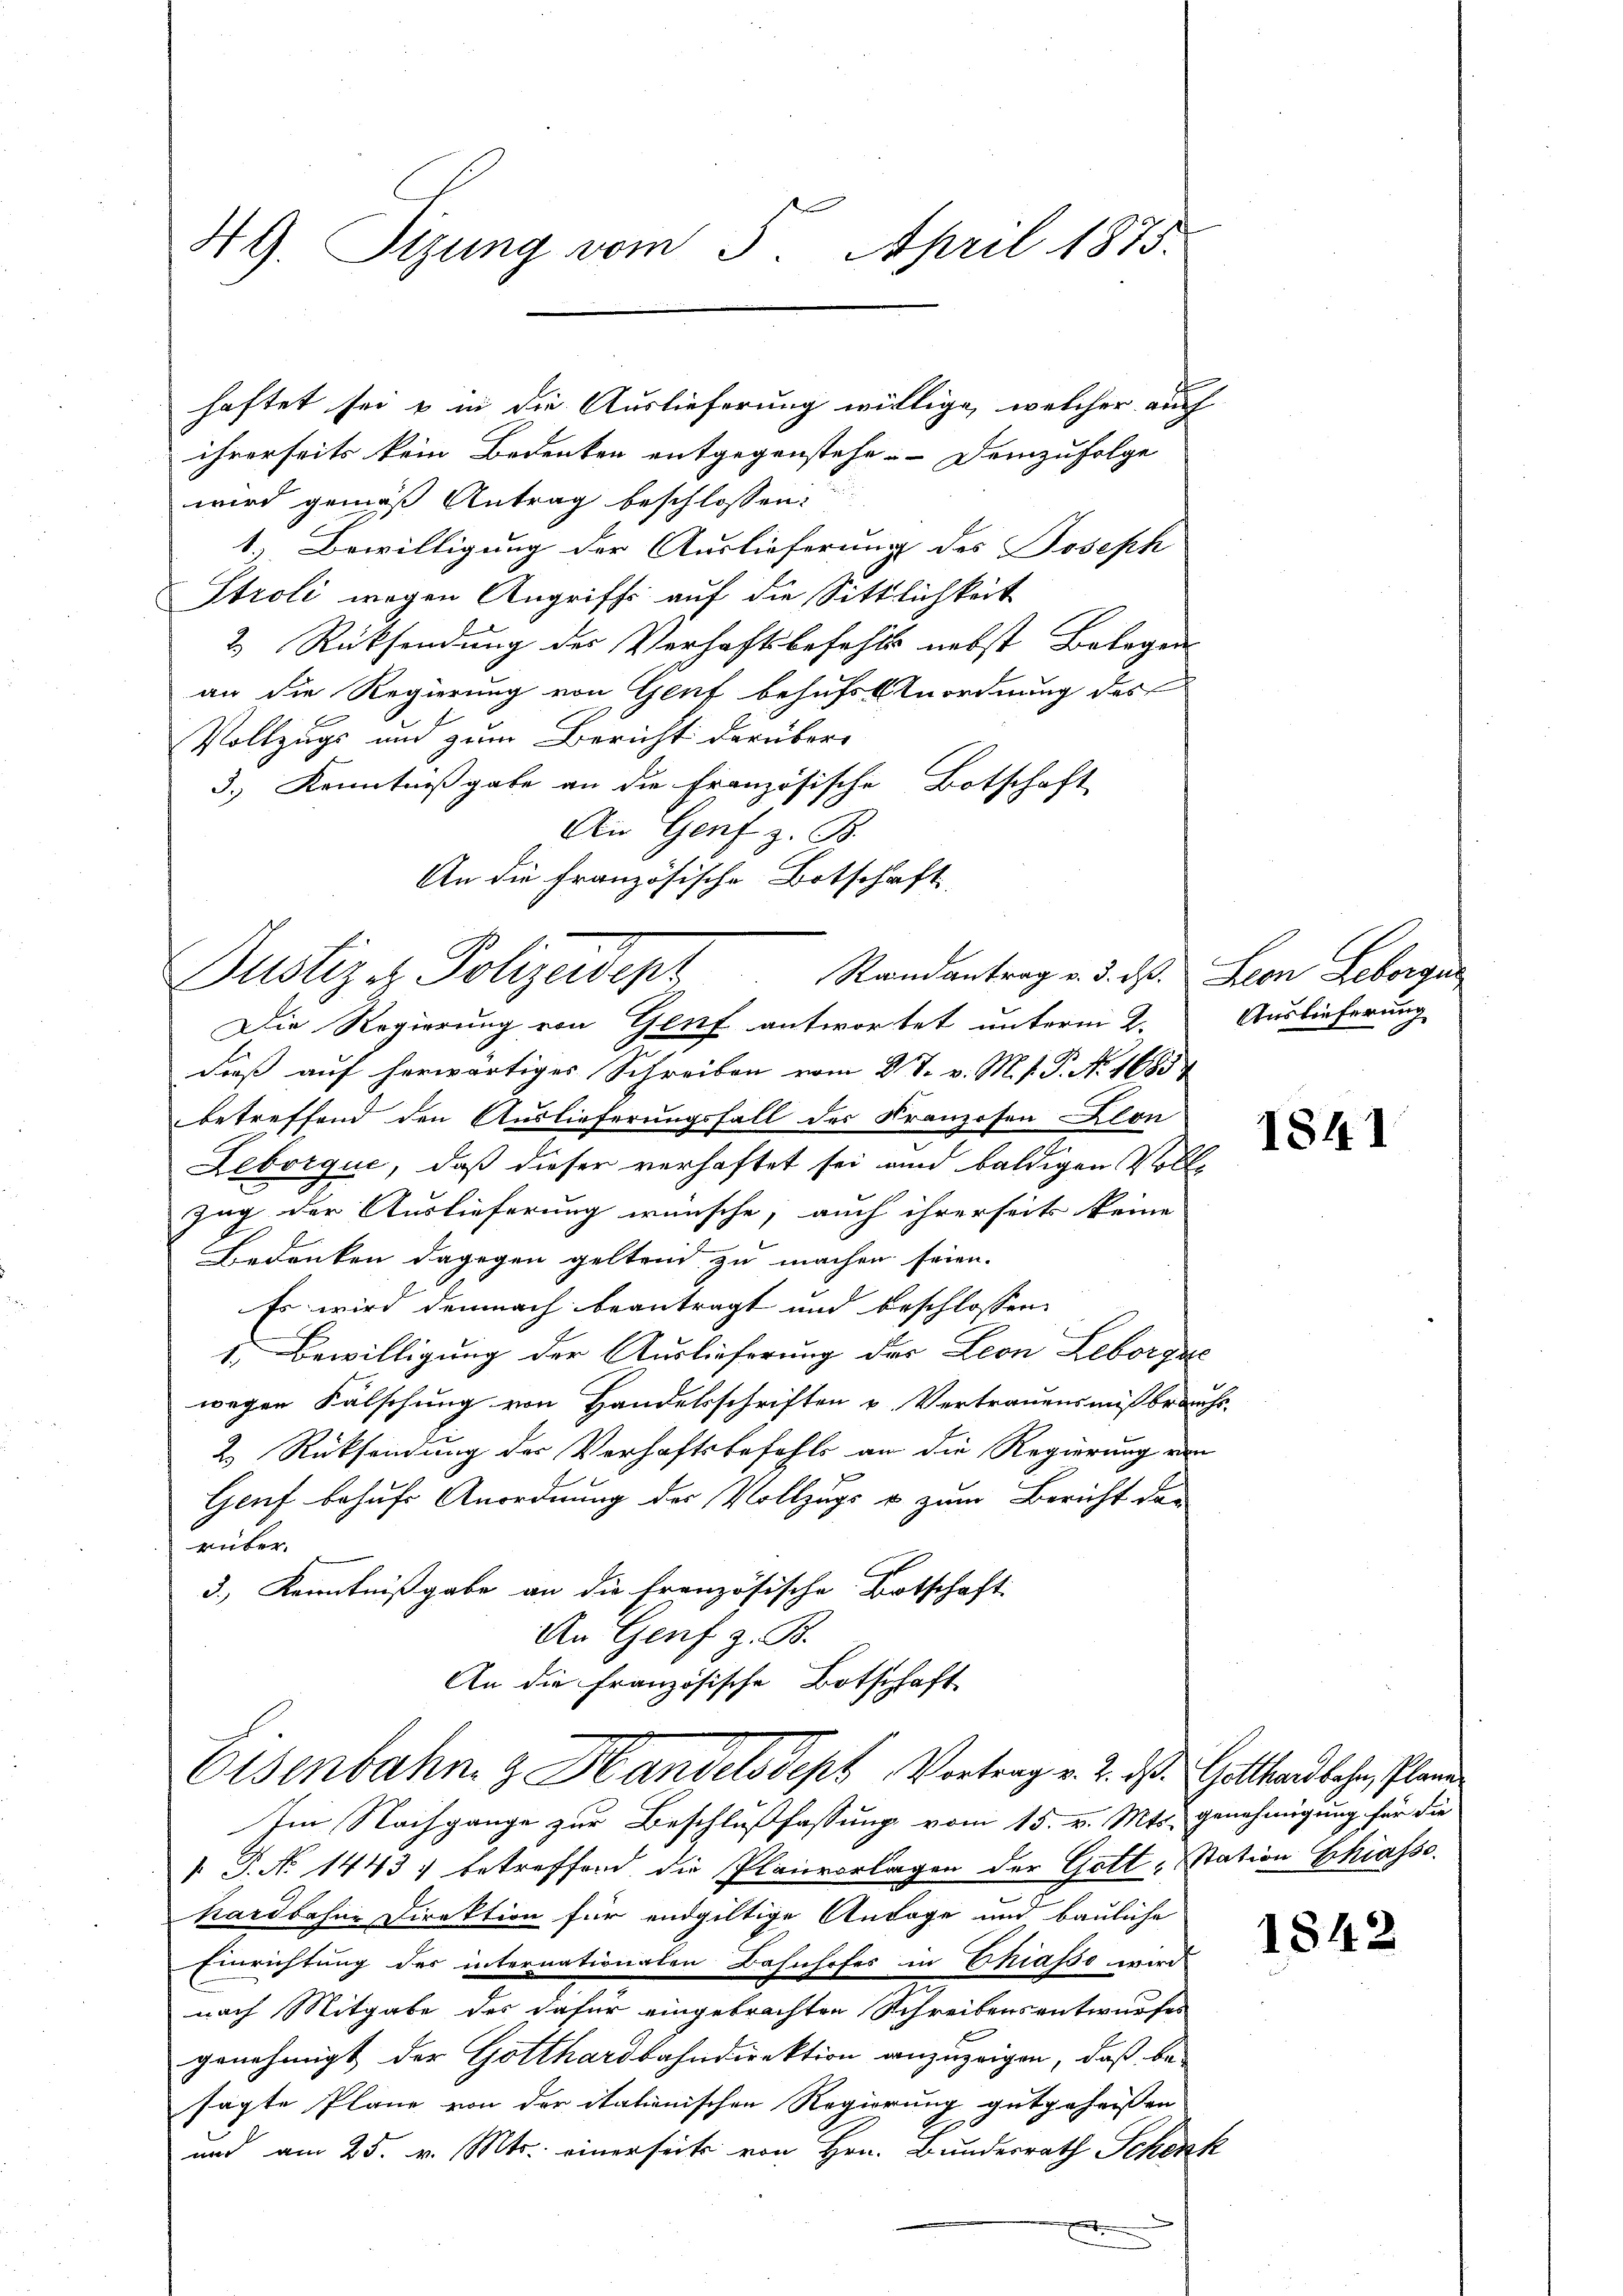
49. Sizung vom 5. April 1875.

haftet sei & in die Auslieferung willige, welcher auch
ihrerseits kein Bedenken entgegenstehe. – Demzufolge
wird gemäß Antrag beschlossen:
1.) Bewilligung der Auslieferung des Joseph
Stroli wegen Angriffs auf die Sittlichkeit
2.) Rücksendung des Verhaftsbefehls nebst Belegen-
an die Regierung von Genf behufs Unordnung des
Vollzugs und zum Bericht darüber
3.) Kenntnißgabe an die Französische Botschaft
An Genf z. B.
An die französische Botschaft

Randantrag v. 3. ds. Leon Leborgun
Justiz & Polizeidept
Die Regierung von Genf antwortet unterm 2. Auslieferung

dieß auf herwärtiges Schreiben vom 27. v. M. f. P. Nr. 1685/
betreffend den Auslieferungsfall des Kranzosen Blon
Leborque, daß dieser verhaftet sei und baldigen Voll¬
Zug der Auslieferung wünsche, auch ihrerseits keine
Bedenken dagegen geltend zu machen seien.
Es wird demnach beantragt und beschlossen,
1. Bewilligung der Auslieferung des Leon Leberzus
wegen Fälschung von Handelsschriften u. Vertrauens mißbrauchs-
2.) Rücksendung der Verhaftsbefehls an die Regierung von
f
Genf behufs Anordnung des Vollzugs u. zum Bericht der
rüber.
3.) Kenntnißgabe an die französische Botschaft
An Genf z. B.
An die Französische Botschaft
Eisenbahn & Handelsdept Vortrag v. 2. ds. Gotthardbahn, Plane
Im Nachgange zur Beschlußfassung vom 15. v. Mts. Genehmigung für die
 P. No 1443) betreffend die Planvorlagen der Gott-Station Chiasso
hardbahne Direktion für endgültige Anlage und bauliche
Einrichtung des internationalen Bahnhofes in Chiasso wird
nach Mitgabe des dafür eingebrachten Schreibensentwurfes
genehmigt der Gotthardbahndirektion anzuzeigen, daß be-
sagte Pläne von der italienischen Regierung gutgeheissen
und am 25. v. Mts. einerseits von Hrn. Bundesrath Schenk

1841

1842